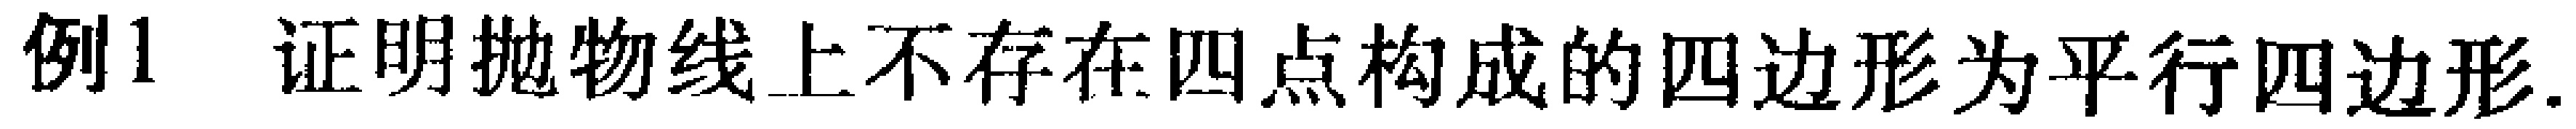
例1 证明抛物线上不存在四点构成的四边形为平行四边形.